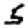
Digit: 5